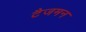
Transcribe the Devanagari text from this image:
टैजमन